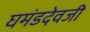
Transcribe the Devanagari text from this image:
घमंडदेवजी